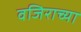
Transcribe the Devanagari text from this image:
वजिराच्या